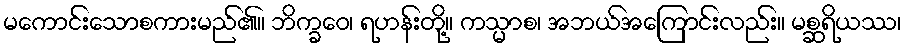
မကောင်းသောစကားမည်၏။ ဘိက္ခဝေ၊ ရဟန်းတို့။ ကသ္မာစ၊ အဘယ်အကြောင်းလည်း။ မစ္ဆရိယဿ၊